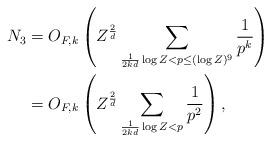
LaTeX: \begin{align*} N_3 & = O_{F,k} \left(Z^{\frac{2}{d}} \sum_{\frac{1}{2kd} \log Z < p \leq (\log Z)^9} \frac{1}{p^k} \right) \\& = O_{F,k} \left(Z^{\frac{2}{d}} \sum_{\frac{1}{2kd} \log Z < p} \frac{1}{p^2} \right), \end{align*}